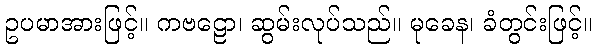
ဥပမာအားဖြင့်။ ကဗဠော၊ ဆွမ်းလုပ်သည်။ မုခေန၊ ခံတွင်းဖြင့်။